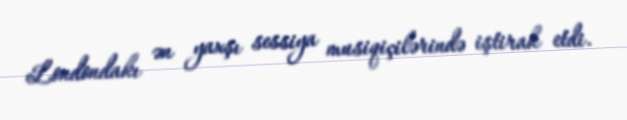
Londondakı ən yaxşı sessiya musiqiçilərində iştirak etdi.